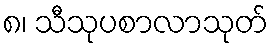
၈၊ သီသုပစာလာသုတ်